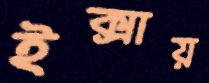
ইক্সায়